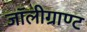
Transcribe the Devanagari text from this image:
जॉलीग्राण्ट